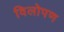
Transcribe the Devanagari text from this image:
विलोपण